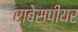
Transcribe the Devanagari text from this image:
राबेसपीयर